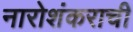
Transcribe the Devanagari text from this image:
नारोशंकराची